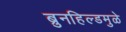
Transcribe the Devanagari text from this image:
ब्रुनहिल्डमुळे